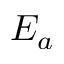
E _ { a }